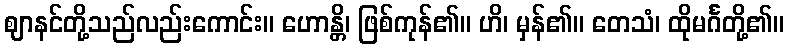
ဈာနင်တို့သည်လည်းကောင်း။ ဟောန္တိ၊ ဖြစ်ကုန်၏။ ဟိ၊ မှန်၏။ တေသံ၊ ထိုမင်္ဂတို့၏။